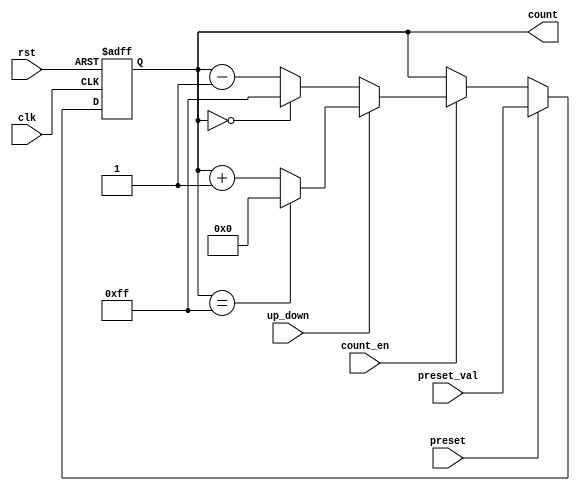
module presettable_counter (
    input wire clk,               // Clock signal
    input wire rst,               // Active-high reset signal
    input wire preset,            // Active-high preset signal
    input wire [n-1:0] preset_val,// Preset value input
    input wire count_en,          // Count enable signal
    input wire up_down,           // Up/Down control signal
    output reg [n-1:0] count      // Counter value output
);
    parameter n = 8;              // Width of the counter (adjustable)

    // Define maximum value for the counter
    localparam MAX_COUNT = (1 << n) - 1;

    always @(posedge clk or posedge rst) begin
        if (rst) begin
            // Reset the counter to zero
            count <= 0;
        end else if (preset) begin
            // Load the preset value into counter
            count <= preset_val;
        end else if (count_en) begin
            // Count up or down
            if (up_down) begin
                // Count Up
                if (count == MAX_COUNT) begin
                    count <= 0;  // Wrap-around behavior
                end else begin
                    count <= count + 1;
                end
            end else begin
                // Count Down
                if (count == 0) begin
                    count <= MAX_COUNT; // Underflow behavior
                end else begin
                    count <= count - 1;
                end
            end
        end
    end
endmodule